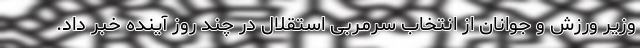
وزیر ورزش و جوانان از انتخاب سرمربی استقلال در چند روز آینده خبر داد.